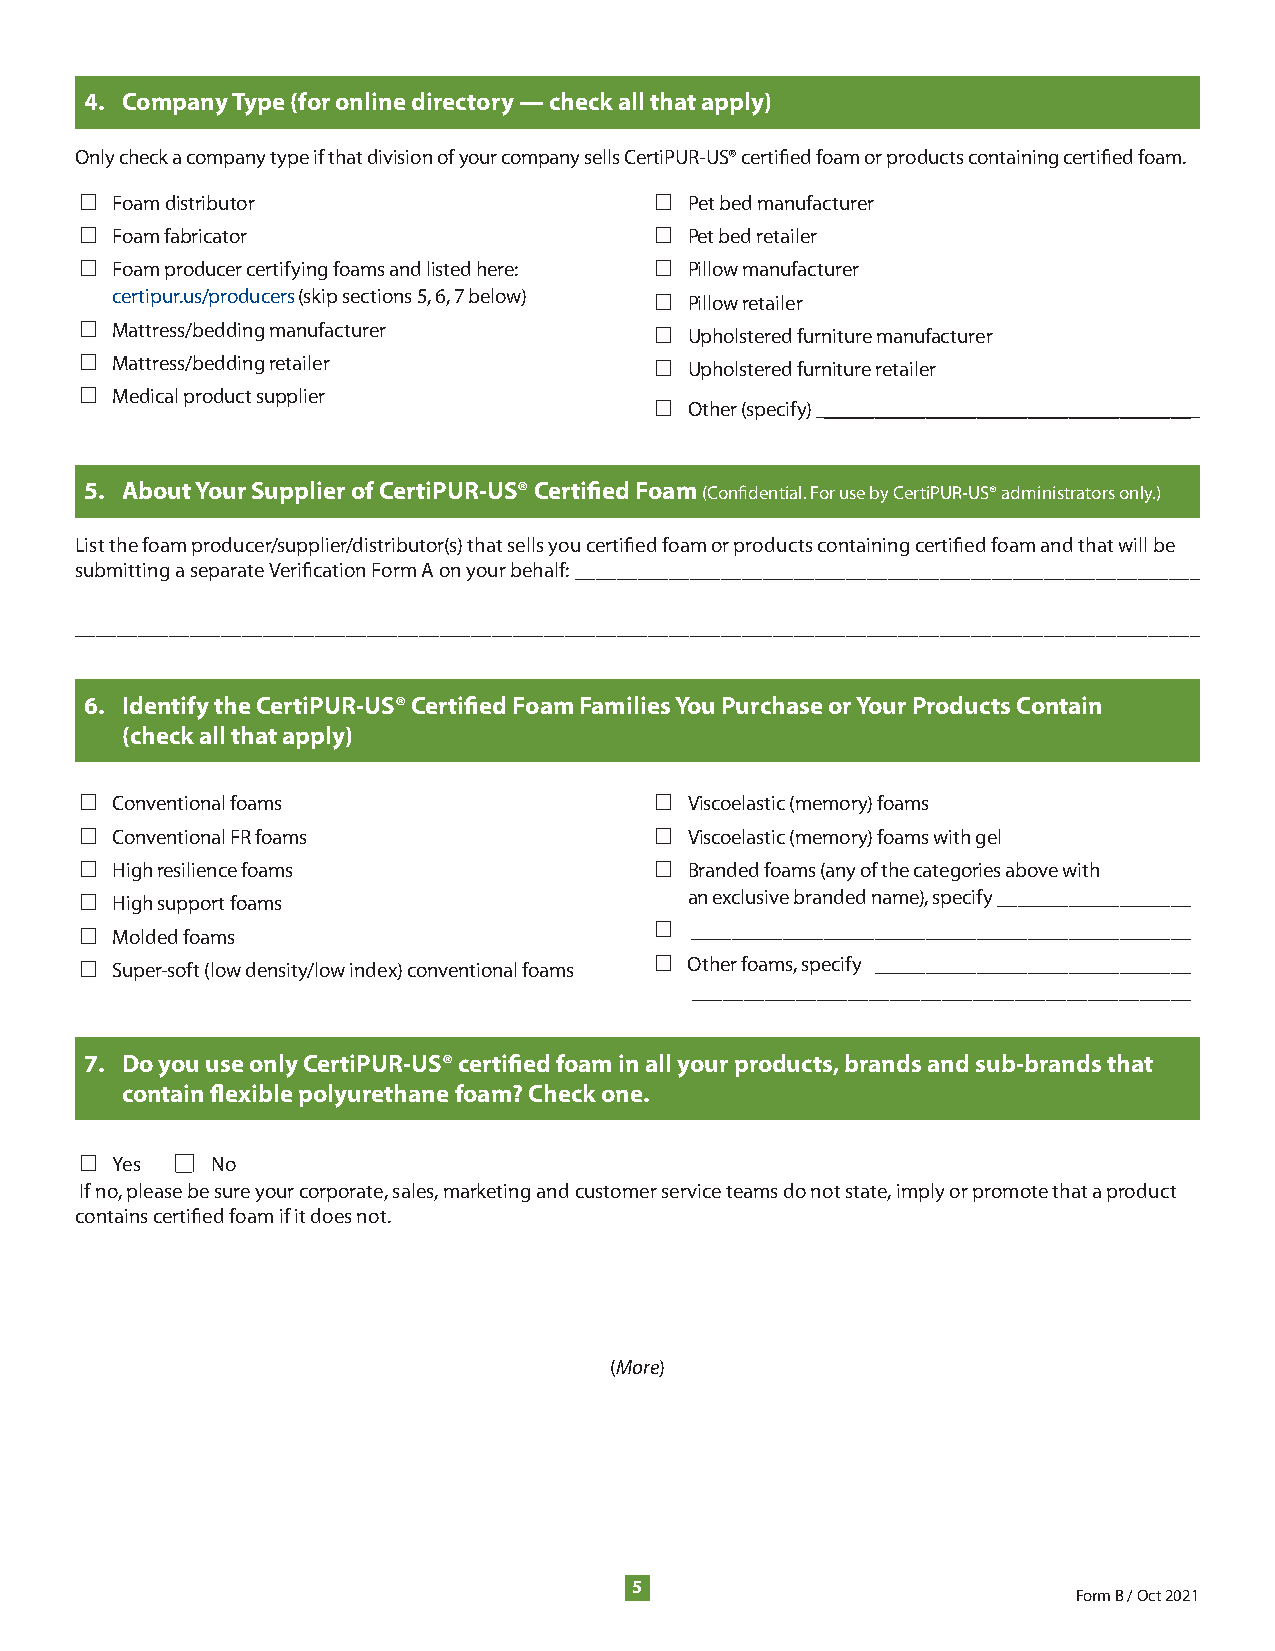
4. Company Type (for online directory — check all that apply)
 Only check a company type if that division of your company sells CertiPUR-US® certified foam or products containing certified foam .
 □ Foam distributor                    □  Pet bed manufacturer
 □ Foam fabricator                     □  Pet bed retailer
 □ Foam producer certifying foams and listed here: □ Pillow manufacturer
 certipur .us/producers (skip sections 5, 6, 7 below) □ Pillow retailer
 □ Mattress/bedding manufacturer       □  Upholstered furniture manufacturer
 □ Mattress/bedding retailer           □  Upholstered furniture retailer
 □ Medical product supplier
 □  Other (specify) ____________________________________
 5. About Your Supplier of CertiPUR-US® Certified Foam (Confidential . For use by CertiPUR-US® administrators only .)
 List the foam producer/supplier/distributor(s) that sells you certified foam or products containing certified foam and that will be
 submitting a separate Verification Form A on your behalf: ____________________________________________________________
 ____________________________________________________________________________________________________________
 6. Identify the CertiPUR-US® Certified Foam Families You Purchase or Your Products Contain
 (check all that apply)
 □ Conventional foams                  □  Viscoelastic (memory) foams
 □ Conventional FR foams               □  Viscoelastic (memory) foams with gel
 □ High resilience foams               □  Branded foams (any of the categories above with
 □ High support foams                     an exclusive branded name), specify ___________________
 □ Molded foams                        □  _________________________________________________
 □ Super-soft (low density/low index) conventional foams □ Other foams, specify _______________________________
 ________________________________________________
 7. Do you use only CertiPUR-US® certified foam in all your products, brands and sub-brands that
 contain flexible polyurethane foam? Check one.
 □ Yes  ▢ No
 If no, please be sure your corporate, sales, marketing and customer service teams do not state, imply or promote that a product
 contains certified foam if it does not .
 (More)
 5
 Form B / Oct 2021